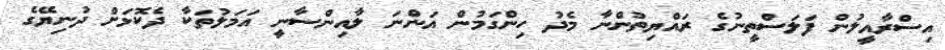
އިސްރާއީލުން ފަަލަސްތީނުގެ ރައްޔިތުންނާ މެދު ހިންގަމުން އަންނަ ލާއިންސާނީ އަމަލުތަކާ ދެކޮޅަށް ދުނިޔޭގެ